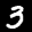
Label: 3